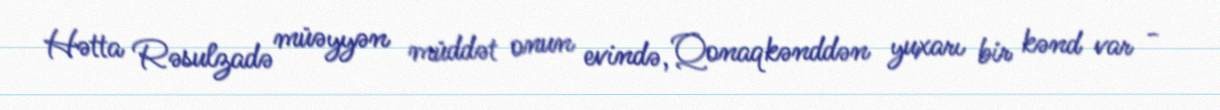
Hətta Rəsulzadə müəyyən müddət onun evində, Qonaqkənddən yuxarı bir kənd var -